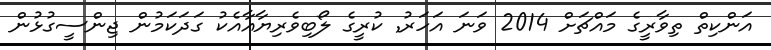
އަންކިތް ތިވާރީގެ މައްޗަށް 2014 ވަނަ އަހަރު